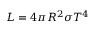
L = 4 \pi R ^ { 2 } \sigma T ^ { 4 }